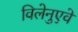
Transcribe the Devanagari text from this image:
विलेनुएवे